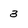
Character: 3